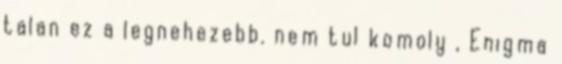
talan ez a legnehezebb. nem tul komoly , Enigma